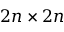
2 n \times 2 n